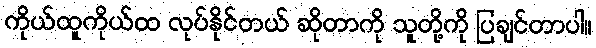
ကိုယ်ထူကိုယ်ထ လုပ်နိုင်တယ် ဆိုတာကို သူတို့ကို ပြချင်တာပါ။